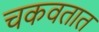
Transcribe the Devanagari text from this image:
चकवतात